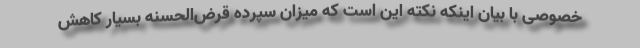
خصوصی با بیان اینکه نکته این است که میزان سپرده قرض‌الحسنه بسیار کاهش